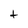
Character: t